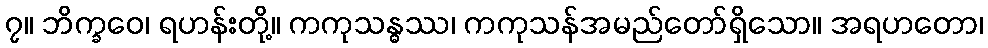
၇။ ဘိက္ခဝေ၊ ရဟန်းတို့။ ကကုသန္ဓဿ၊ ကကုသန်အမည်တော်ရှိသော။ အရဟတော၊